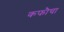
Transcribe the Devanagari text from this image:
कफौचा